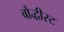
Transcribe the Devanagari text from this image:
बौद्धीस्ट